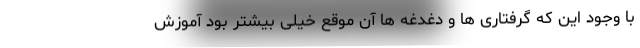
با وجود این که گرفتاری ها و دغدغه ها آن موقع خیلی بیشتر بود آموزش